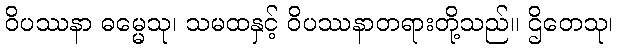
ဝိပဿနာ ဓမ္မေသု၊ သမထနှင့် ဝိပဿနာတရားတို့သည်။ ဌိတေသု၊